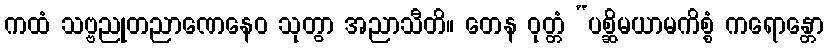
ကထံ သဗ္ဗညုတညာဏေနေဝ သုတွာ အညာသီတိ။ တေန ဝုတ္တံ “ပစ္ဆိမယာမကိစ္စံ ကရောန္တော